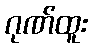
ဂုဏ်ထူး